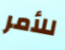
للأمر